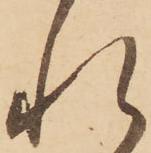
れ